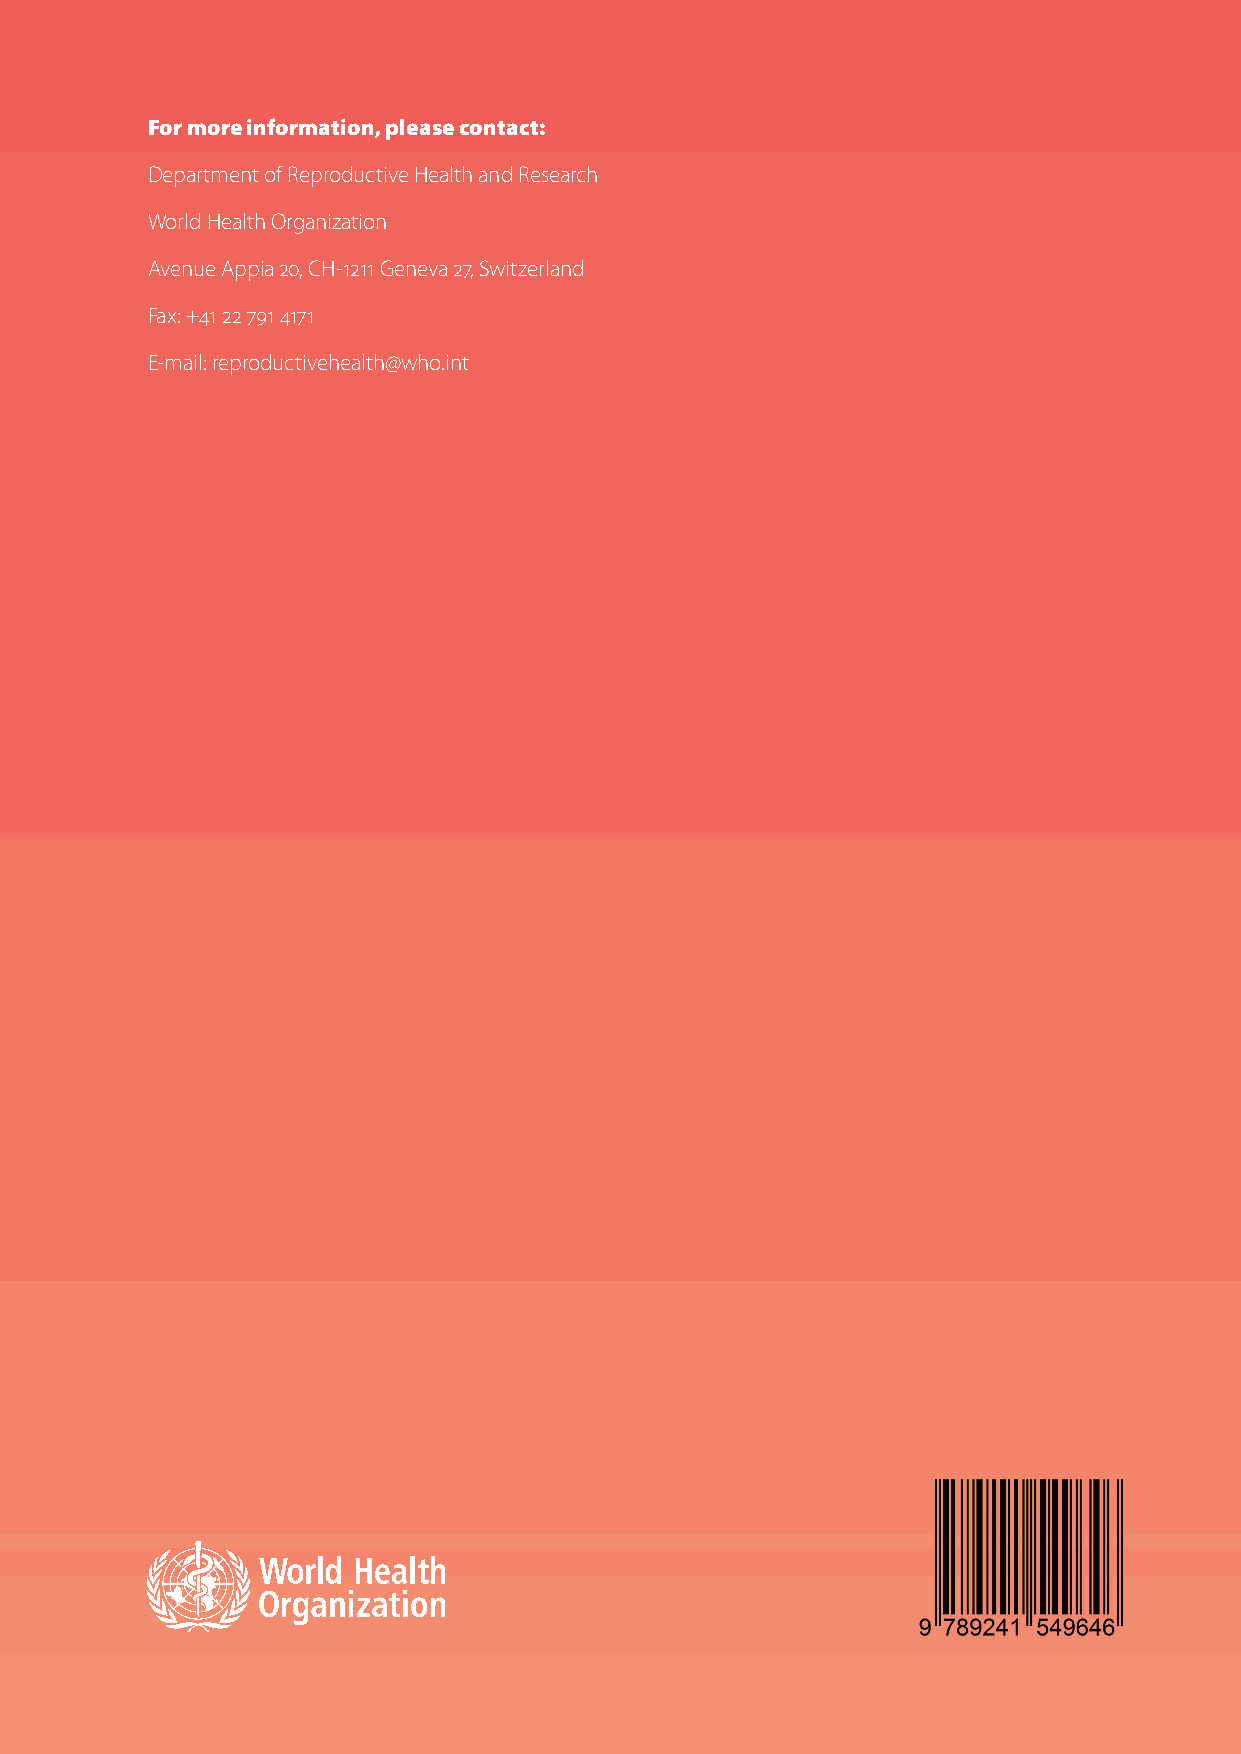
For more information, please contact:
 Department of Reproductive Health and Research
 World Health Organization
 Avenue Appia 20, CH-1211 Geneva 27, Switzerland
 Fax: +41 22 791 4171
 E-mail: reproductivehealth@who.int